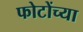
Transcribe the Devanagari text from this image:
फोटोंच्या